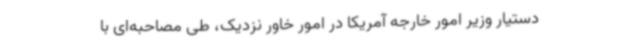
دستیار وزیر امور خارجه آمریکا در امور خاور نزدیک، طی مصاحبه‌ای با